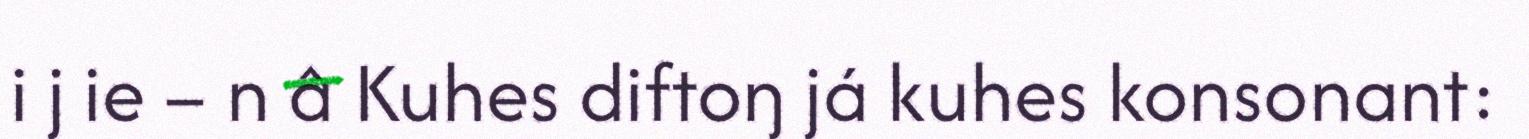
i j ie – n â Kuhes diftoŋ já kuhes konsonant: